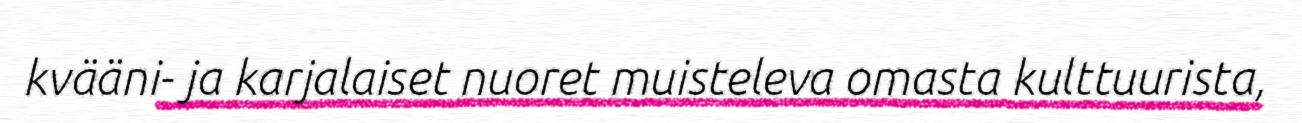
kvääni- ja karjalaiset nuoret muisteleva omasta kulttuurista,